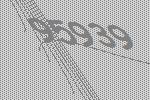
95939